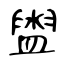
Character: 盥